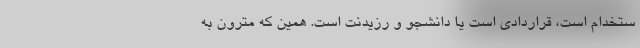
ستخدام است، قراردادی است یا دانشجو و رزیدنت است. همین که مترون به